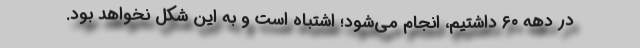
در دهه ۶۰ داشتیم، انجام می‌شود؛ اشتباه است و به این شکل نخواهد بود.